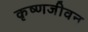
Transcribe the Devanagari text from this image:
कृष्णजीवन